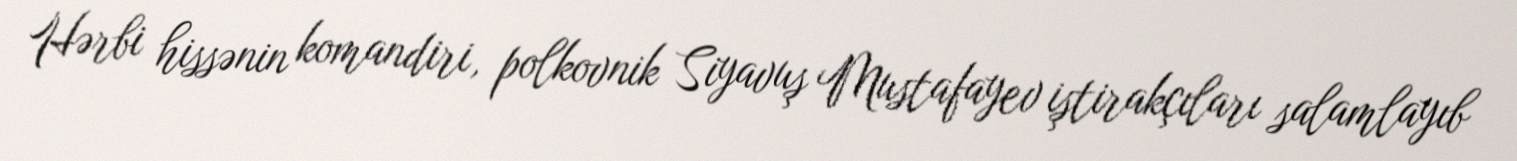
Hərbi hissənin komandiri, polkovnik Siyavuş Mustafayev iştirakçıları salamlayıb